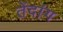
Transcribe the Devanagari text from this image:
तेंदांग